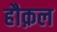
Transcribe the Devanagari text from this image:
हौक़ल